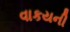
વાકયની